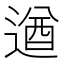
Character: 遒